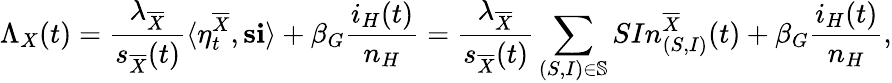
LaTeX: \Lambda_{X}(t)=\frac{\lambda_{\overline{{X}}}}{s_{\overline{{X}}}(t)}\langle\eta_{t}^{\overline{{X}}},\mathbf{s}\mathbf{i}\rangle+\beta_{G}\frac{i_{H}(t)}{n_{H}}=\frac{\lambda_{\overline{{X}}}}{s_{\overline{{X}}}(t)}\sum_{(S,I)\in\mathbb{S}}SIn_{(S,I)}^{\overline{{X}}}(t)+\beta_{G}\frac{i_{H}(t)}{n_{H}},